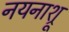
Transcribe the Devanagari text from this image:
नयनाश्रू